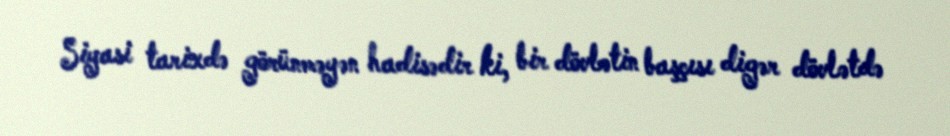
Siyasi tarixdə görünməyən hadisədir ki, bir dövlətin başçısı digər dövlətdə